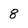
Character: 8